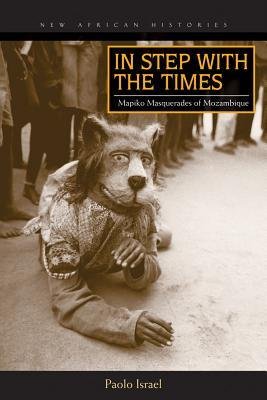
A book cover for [(In Step with the Times: Mapiko Masquerades of Mozambique)] [Author: Paolo Israel] published on (July, 2014); Paolo Israel; Travel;